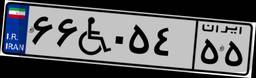
۵۷W۶۷۶۸۱